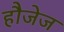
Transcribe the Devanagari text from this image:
हौजेज